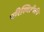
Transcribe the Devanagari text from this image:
परिस्थितीकी